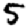
Digit: 5